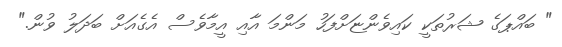
" ބައްޕަގެ ޝަރުތަކީ ކައިވެންޏަށްފަހު މަންމަ އާއި އީމާވެސް އެގެއަށް ބަދަލު ވުން."